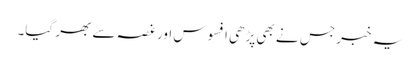
یہ خبر جس نے بھی پڑھی افسوس اور غصہ سے بھر گیا۔